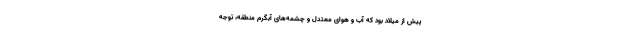
پیش از میلاد بود که آب و هوای معتدل و چشمه‌های آبگرم منطقه، توجه